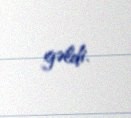
gəldi.